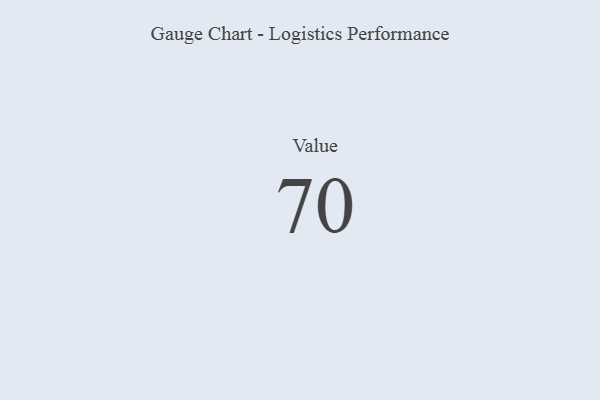
{"axis": {"x": "Metric", "y": "Value"}, "legend": [""], "data": [{"x": "Value", "y": 70, "type": ""}]}